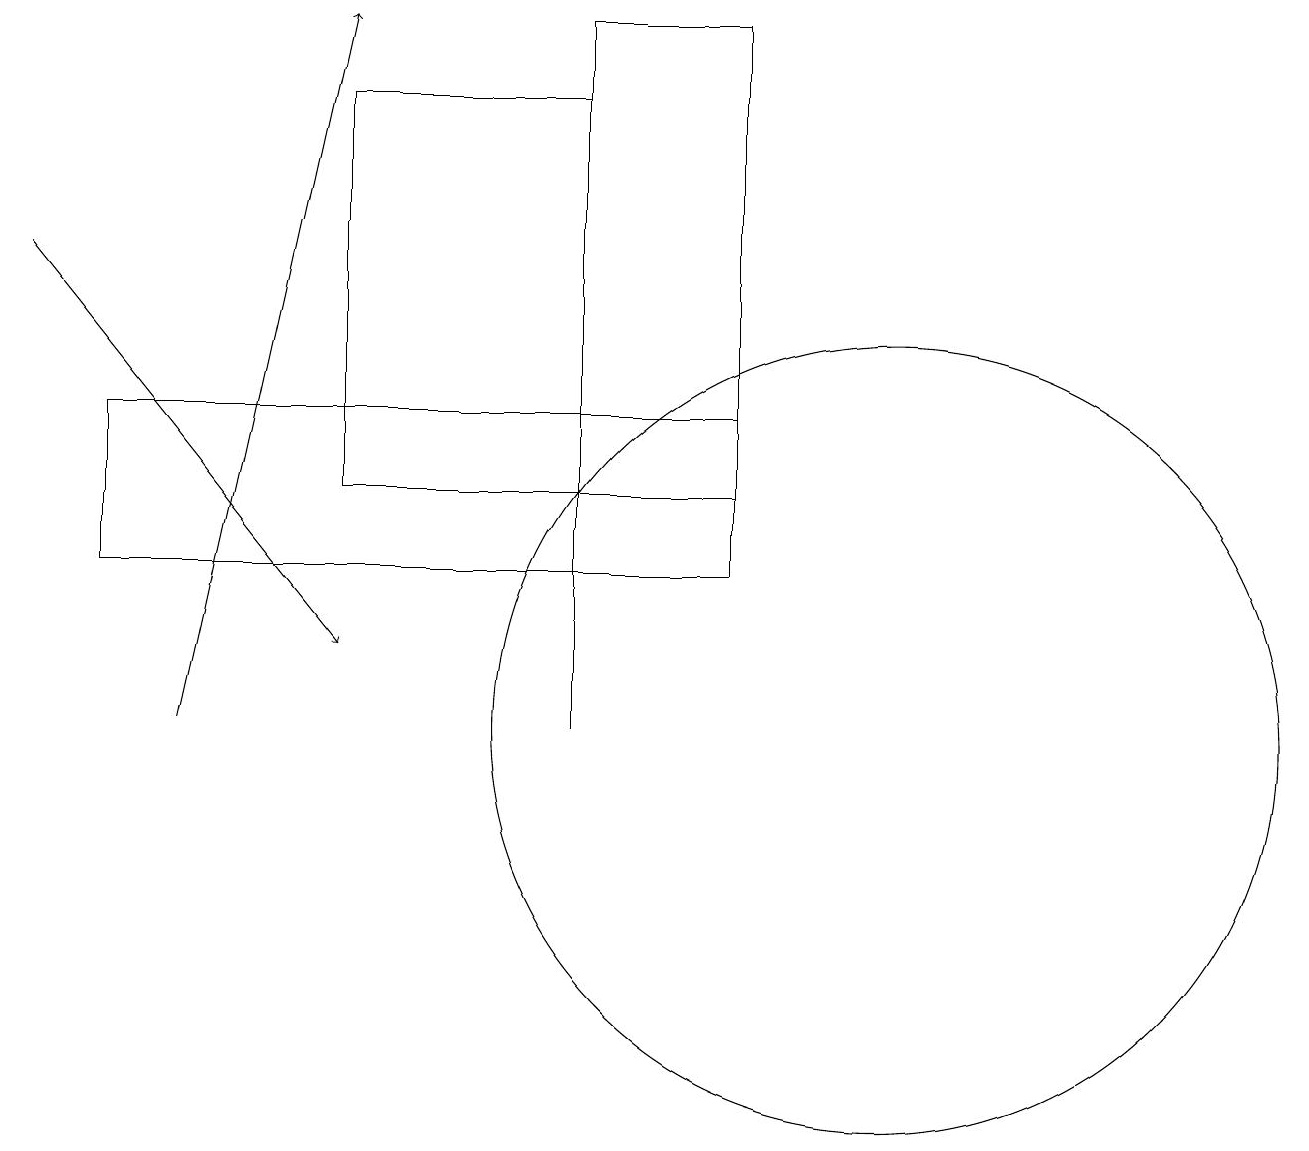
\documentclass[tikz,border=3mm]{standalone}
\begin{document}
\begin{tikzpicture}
\draw[->] (0,16) -- (4,11);
\draw (9,13) rectangle (7,19);
\draw (1,12) rectangle (9,14);
\draw (4,13) rectangle (7,18);
\draw (7,10) rectangle (7,15);
\draw[->] (2,10) -- (4,19);
\draw (11,10) circle (5);
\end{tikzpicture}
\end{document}